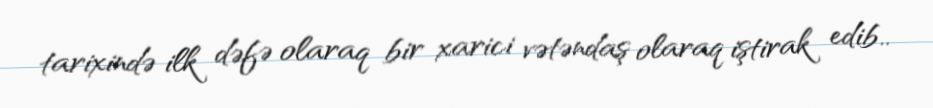
tarixində ilk dəfə olaraq bir xarici vətəndaş olaraq iştirak edib..